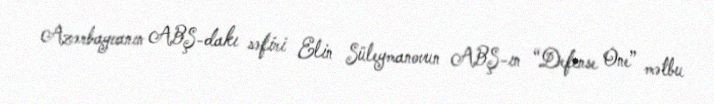
Azərbaycanın ABŞ-dakı səfiri Elin Süleymanovun ABŞ-ın “Defense One” mətbu